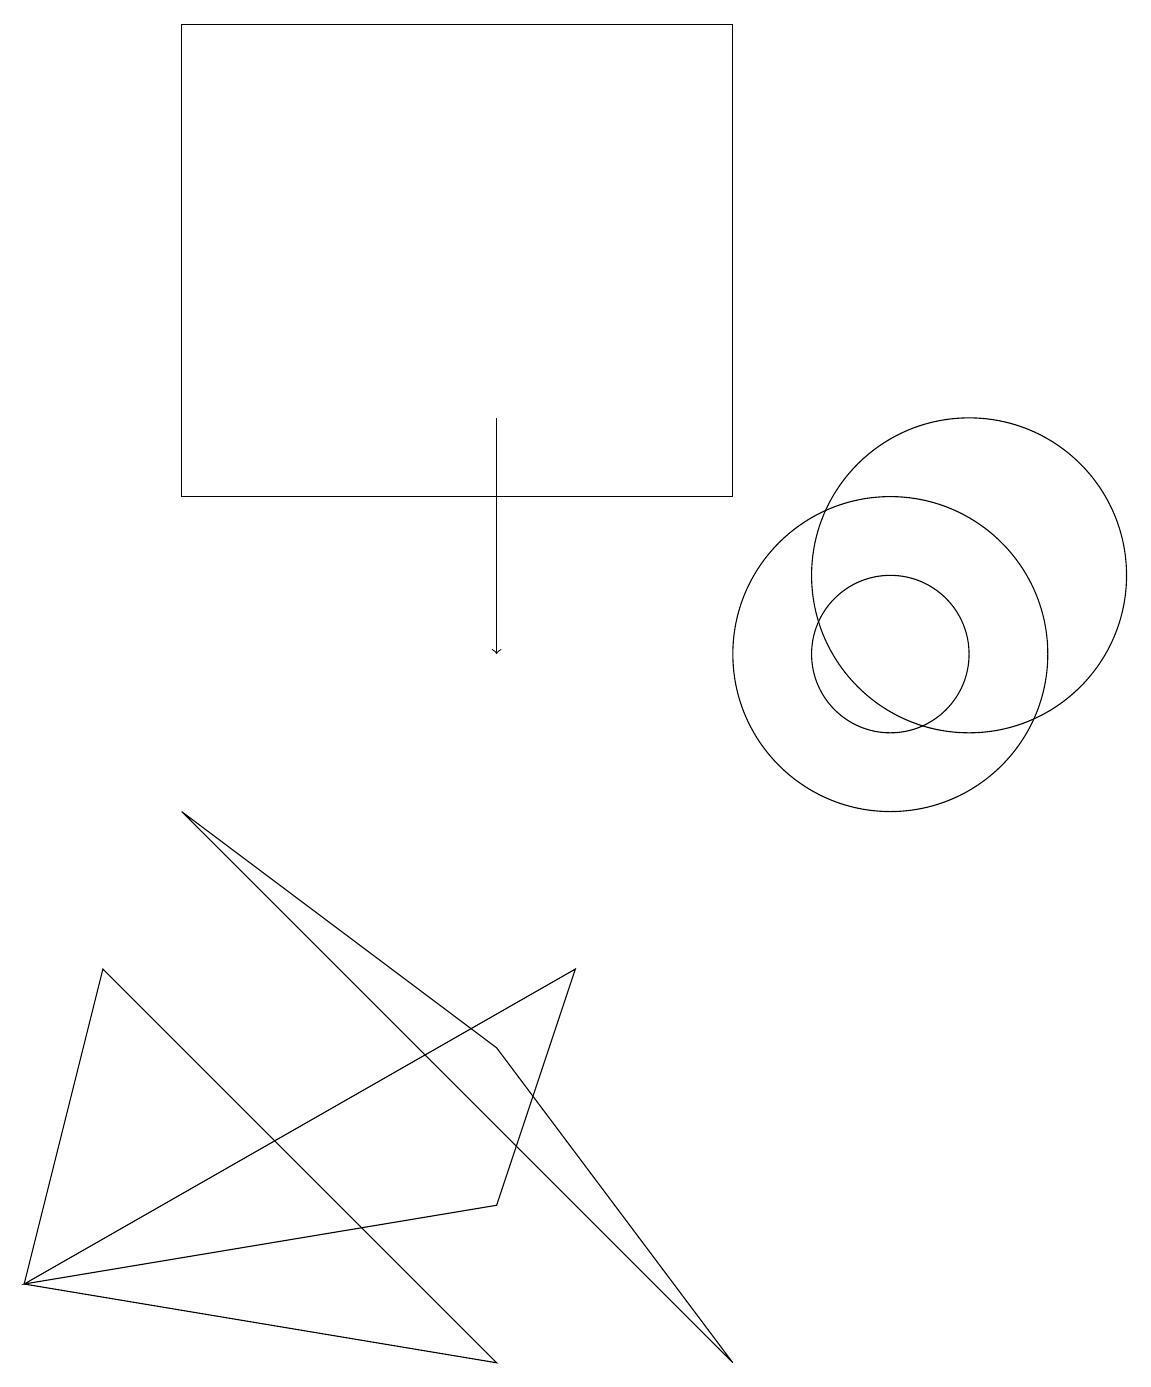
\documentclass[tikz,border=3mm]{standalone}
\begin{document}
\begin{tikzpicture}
\draw (2,8) -- (6,5) -- (9,1) -- cycle;
\draw (11,10) circle (1);
\draw (12,11) circle (2);
\draw[->] (6,13) -- (6,10);
\draw (11,10) circle (2);
\draw (0,2) -- (1,6) -- (6,1) -- cycle;
\draw (9,12) rectangle (2,18);
\draw (0,2) -- (7,6) -- (6,3) -- cycle;
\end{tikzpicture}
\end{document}